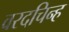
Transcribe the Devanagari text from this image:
वरदचिन्ह